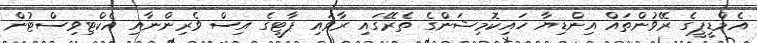
އެމްޑީޕީގެ ރޭވުންތައް އިންޑިޔާ ހައިކޮމިޝަންގެ ތެރޭގައި ރާވައި ޕާޓީގެ އިސް ވެރިންނާއި އެކްޓިވިސްޓުން